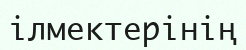
ілмектерінің